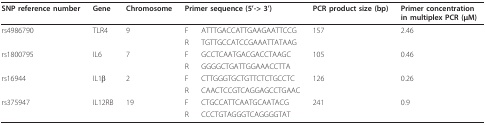
<table><thead><tr><td><b>SNP reference number</b></td><td><b>Gene</b></td><td><b>Chromosome</b></td><td colspan="2"><b>Primer sequence (5&#x27;-&gt; 3&#x27;)</b></td><td><b>PCR product size (bp)</b></td><td><b>Primer concentration in multiplex PCR (μM)</b></td></tr></thead><tbody><tr><td>rs4986790</td><td>TLR4</td><td>9</td><td>F</td><td>ATTTGACCATTGAAGAATTCCG</td><td>157</td><td>2.46</td></tr><tr><td></td><td></td><td></td><td>R</td><td>TGTTGCCATCCGAAATTATAAG</td><td></td><td></td></tr><tr><td>rs1800795</td><td>IL6</td><td>7</td><td>F</td><td>GCCTCAATGACGACCTAAGC</td><td>105</td><td>0.46</td></tr><tr><td></td><td></td><td></td><td>R</td><td>GGGGCTGATTGGAAACCTTA</td><td></td><td></td></tr><tr><td>rs16944</td><td>IL1β</td><td>2</td><td>F</td><td>CTTGGGTGCTGTTCTCTGCCTC</td><td>126</td><td>0.26</td></tr><tr><td></td><td></td><td></td><td>R</td><td>CAACTCCGTCAGGAGCCTGAAC</td><td></td><td></td></tr><tr><td>rs375947</td><td>IL12RB</td><td>19</td><td>F</td><td>CTGCCATTCAATGCAATACG</td><td>241</td><td>0.9</td></tr><tr><td></td><td></td><td></td><td>R</td><td>CCCTGTAGGGTCAGGGGTAT</td><td></td><td></td></tr></tbody></table>